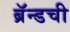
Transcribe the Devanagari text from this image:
ब्रॅन्डची